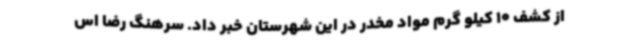
از کشف 10 کیلو گرم مواد مخدر در این شهرستان خبر داد. سرهنگ رضا اس